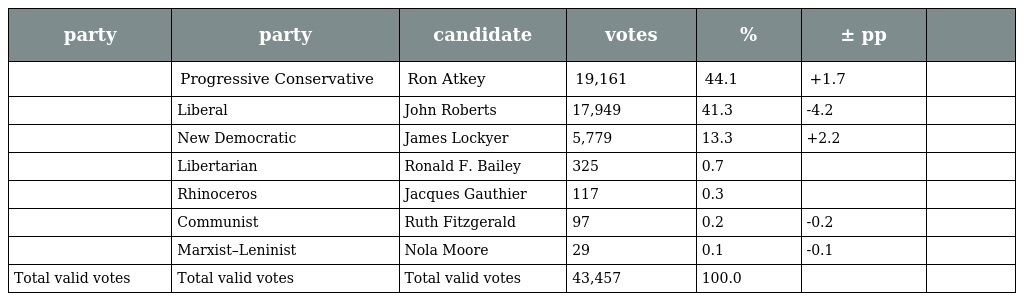
| party | party | candidate | votes | % | ± pp |  |
 | --- | --- | --- | --- | --- | --- | --- |
 |  | Progressive Conservative | Ron Atkey | 19,161 | 44.1 | +1.7 |  |
 |  | Liberal | John Roberts | 17,949 | 41.3 | -4.2 |  |
 |  | New Democratic | James Lockyer | 5,779 | 13.3 | +2.2 |  |
 |  | Libertarian | Ronald F. Bailey | 325 | 0.7 |  |  |
 |  | Rhinoceros | Jacques Gauthier | 117 | 0.3 |  |  |
 |  | Communist | Ruth Fitzgerald | 97 | 0.2 | -0.2 |  |
 |  | Marxist–Leninist | Nola Moore | 29 | 0.1 | -0.1 |  |
 | Total valid votes | Total valid votes | Total valid votes | 43,457 | 100.0 |  |  |